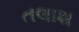
તલાશ